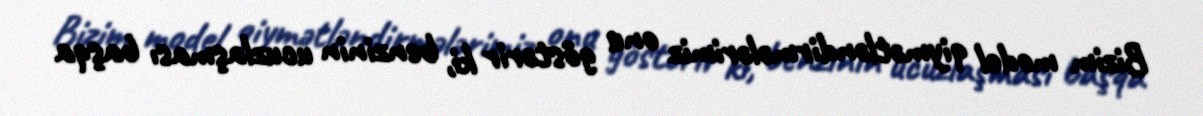
Bizim model qiymətləndirmələrimiz onu göstərir ki, benzinin ucuzlaşması başqa